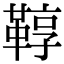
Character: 鞟